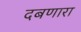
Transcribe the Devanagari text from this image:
दबणारा